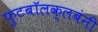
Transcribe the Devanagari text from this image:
फुटबॉलक्लबंनी